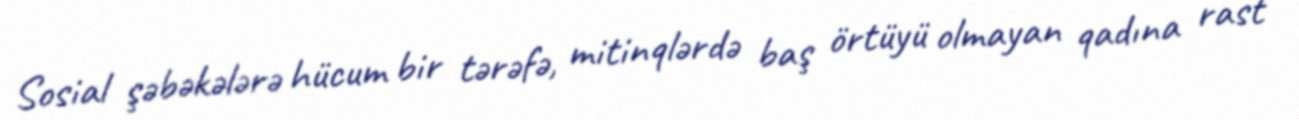
Sosial şəbəkələrə hücum bir tərəfə, mitinqlərdə baş örtüyü olmayan qadına rast